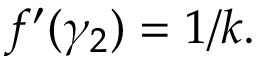
f ^ { \prime } ( \gamma _ { 2 } ) = 1 / k .